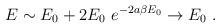
LaTeX: \begin{align*}E \sim E_0 + 2E_0 \ e^{-2a\beta E_0} \rightarrow E_0 \ .\end{align*}